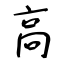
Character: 高